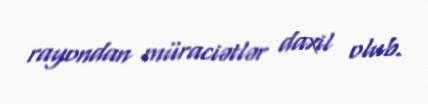
rayondan müraciətlər daxil olub.